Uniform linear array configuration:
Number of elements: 4
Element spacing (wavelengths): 0.5
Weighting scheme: hann
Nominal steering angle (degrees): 60
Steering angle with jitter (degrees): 60.78
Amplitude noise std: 0.05
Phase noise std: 0.05

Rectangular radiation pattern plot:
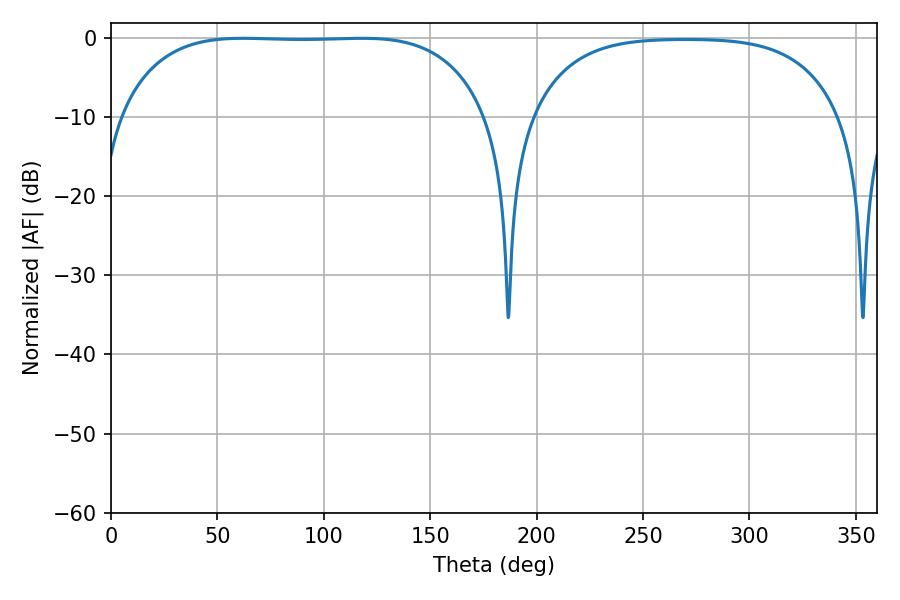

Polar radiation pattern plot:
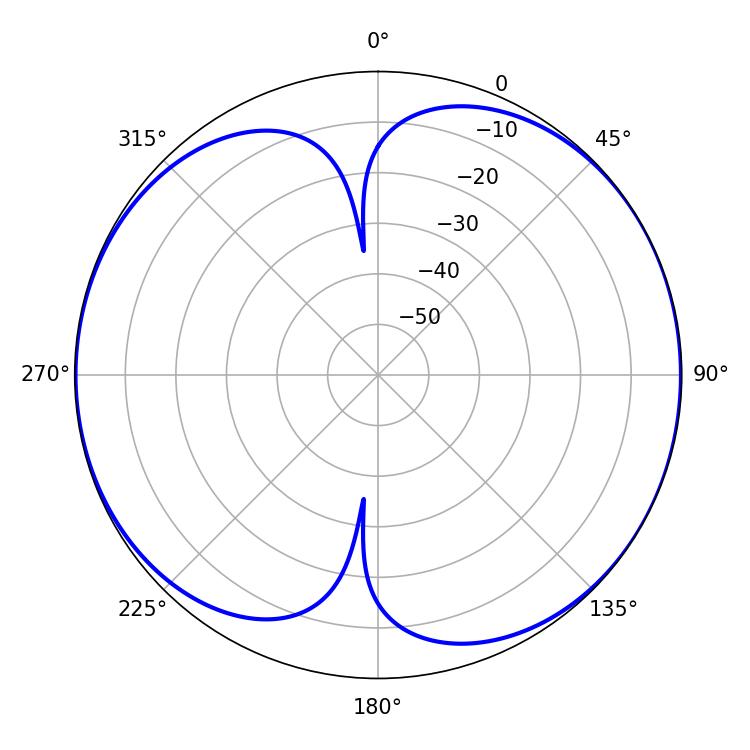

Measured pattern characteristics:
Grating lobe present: FALSE
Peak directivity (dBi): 7.954
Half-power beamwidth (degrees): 134.64
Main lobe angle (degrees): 62.1